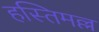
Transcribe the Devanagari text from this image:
हस्तिमल्ल